Scottish Leaving Certificate Examination, 1958
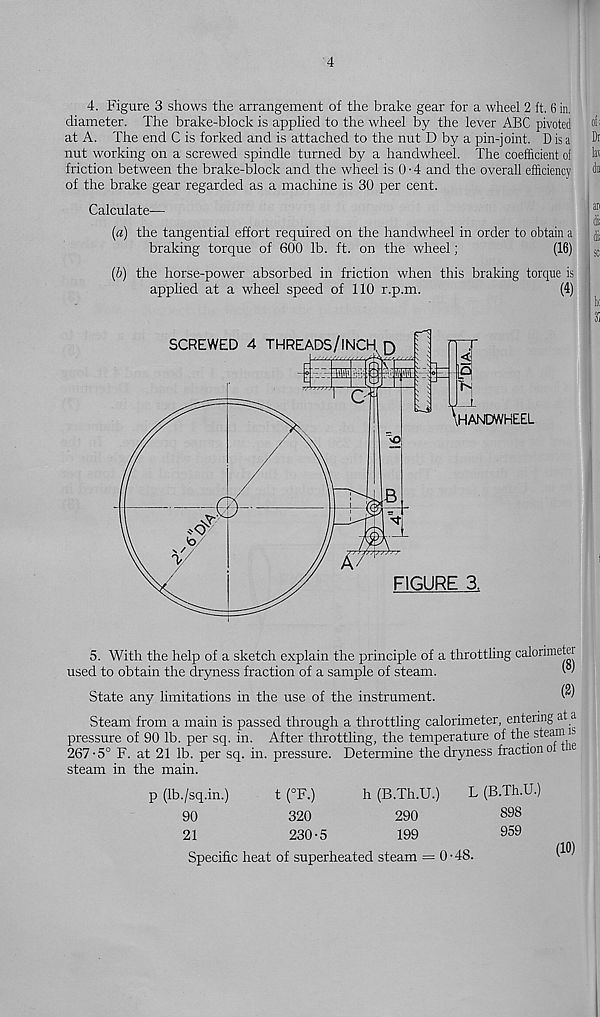
4
4. Figure 3 shows the arrangement of the brake gear for a wheel 2 ft. 6 in,
diameter. The brake-block is applied to the wheel by the lever ABC pivoted
at A. The end C is forked and is attached to the nut D by a pin-joint. D is a
nut working on a screwed spindle turned by a handwheel. The coefficient of
friction between the brake-block and the wheel is 0-4 and the overall efficiency
of the brake gear regarded as a machine is 30 per cent.
Calculate—
{a) the tangential effort required on the handwheel in order to obtain a
braking torque of 600 lb. ft. on the wheel;
(16)
[b) the horse-power absorbed in friction when this braking torque is
applied at a wheel speed of 110 r.p.m.
(4)
5. With the help of a sketch explain the principle of a throttling calorimeter
used to obtain the dryness fraction of a sample of steam.
State any limitations in the use of the instrument.
®
Steam from a main is passed through a throttling calorimeter, entering at a
pressure of 90 lb. per sq. in. After throttling, the temperature of the steam n
267-5° F. at 21 lb. per sq. in. pressure. Determine the dryness fraction of ie
steam in the main.
p (Ib./sq.in.)
t (°F.)
h (B.Th.U.)
L (B.Th.U.)
90
320
290
898
21
230-5
199
959
Specific heat of superheated steam = 0-48.
(10)